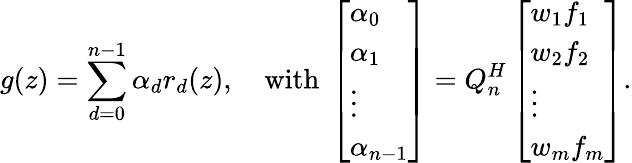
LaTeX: g(z)=\sum_{d=0}^{n-1}\alpha_{d}r_{d}(z),\quad\mathrm{with~}\left[\begin{array}{l}{\alpha_{0}}\\ {\alpha_{1}}\\ {\vdots}\\ {\alpha_{n-1}}\end{array}\right]=Q_{n}^{H}\left[\begin{array}{l}{w_{1}f_{1}}\\ {w_{2}f_{2}}\\ {\vdots}\\ {w_{m}f_{m}}\end{array}\right].